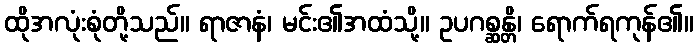
ထိုအလုံးစုံတို့သည်။ ရာဇာနံ၊ မင်း၏အထံသို့။ ဥပဂစ္ဆန္တိ၊ ရောက်ရကုန်၏။